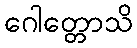
ဂေါတ္တောသိ